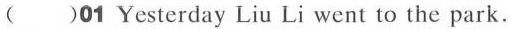
( )01 Yesterday Liu Li went to the park.